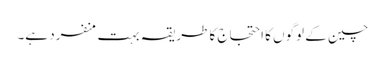
چین کے لوگوں کا احتجاج کا طریقہ بہت منفرد ہے۔